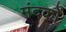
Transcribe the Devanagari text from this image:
मंदकों